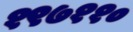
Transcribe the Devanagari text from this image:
१९७११०